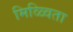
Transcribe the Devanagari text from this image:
मिळ्विता